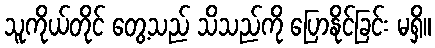
သူကိုယ်တိုင် တွေ့သည် သိသည်ကို ပြောနိုင်ခြင်း မရှိ။